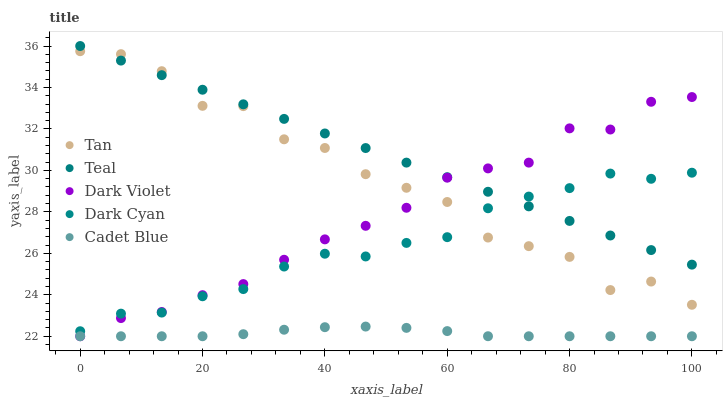
| xaxis_label | Tan | Teal | Dark Violet | Dark Cyan | Cadet Blue |
 | --- | --- | --- | --- | --- | --- |
 | 0 | 35.7 | 36 | 22 | 22.2 | 22 |
 | 6.67 | 35.6 | 35.3 | 22.9 | 23.1 | 22 |
 | 13.3 | 34.8 | 34.6 | 23.2 | 23.1 | 22 |
 | 20 | 33.1 | 33.9 | 24 | 23.9 | 22 |
 | 26.7 | 33.1 | 33.2 | 24.5 | 24.3 | 22.1 |
 | 33.3 | 31.5 | 32.5 | 25.7 | 25.4 | 22.3 |
 | 40 | 31.1 | 31.8 | 26.7 | 26 | 22.4 |
 | 46.7 | 29.8 | 31.1 | 27.3 | 25.8 | 22.5 |
 | 53.3 | 29.2 | 30.4 | 28.2 | 26.5 | 22.4 |
 | 60 | 28.5 | 29.7 | 29.6 | 26.8 | 22.2 |
 | 66.7 | 26.8 | 29 | 30.1 | 28.2 | 22 |
 | 73.3 | 26.3 | 28.3 | 30.4 | 28.7 | 22 |
 | 80 | 25.8 | 27.6 | 32 | 29.1 | 22 |
 | 86.7 | 24.2 | 26.9 | 32 | 29.8 | 22 |
 | 93.3 | 24.6 | 26.2 | 33.3 | 29.6 | 22 |
 | 100 | 23.5 | 25.5 | 33.5 | 29.9 | 22 |